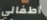
أطفالي